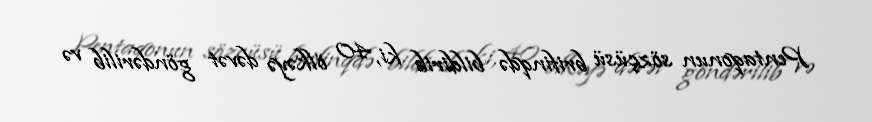
Pentaqonun sözçüsü brifinqdə bildirib ki, 40 ölkəyə dəvət göndərilib və